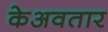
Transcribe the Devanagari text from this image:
केअवतार